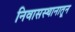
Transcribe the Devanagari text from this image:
निवासस्थानातून